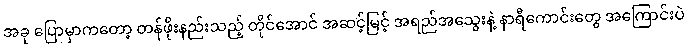
အခု ပြောမှာကတော့ တန်ဖိုးနည်းသည့် တိုင်အောင် အဆင့်မြင့် အရည်အသွေးနဲ့ နာရီကောင်းတွေ အကြောင်းပဲ